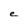
Character: e